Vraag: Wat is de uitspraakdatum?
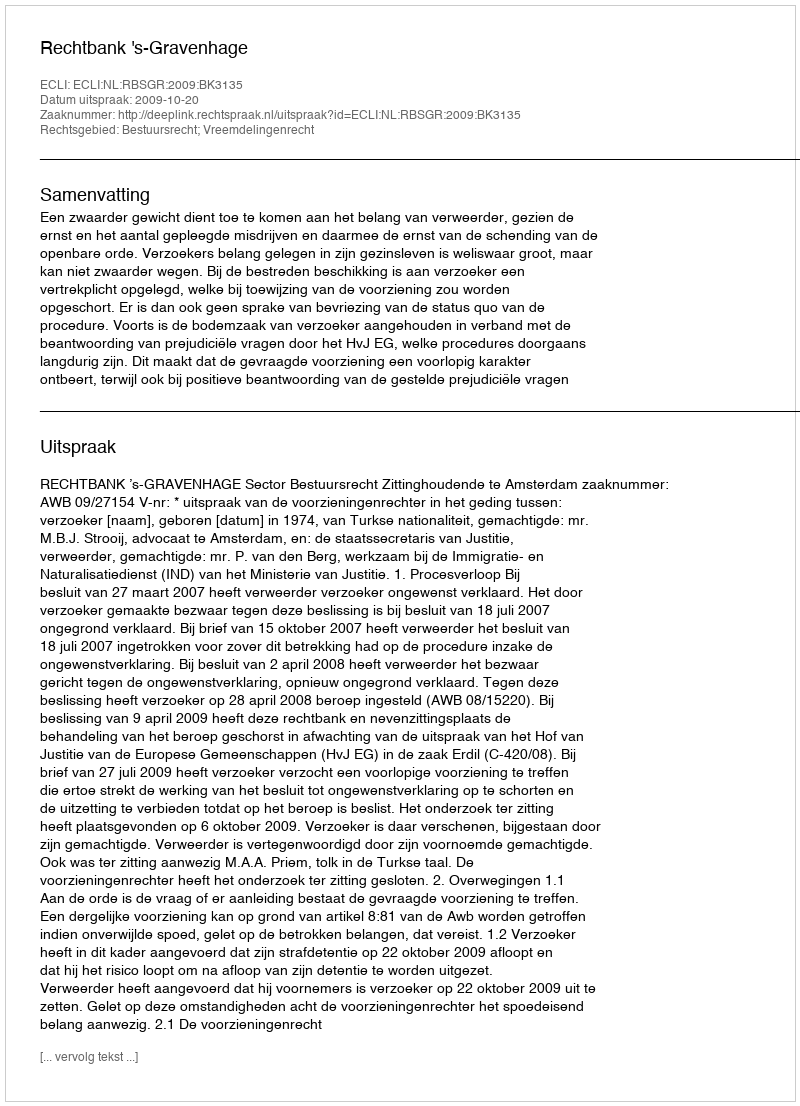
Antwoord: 2009-10-20